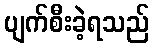
ပျက်စီးခဲ့ရသည်